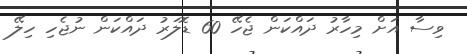
ވިސާ އަށް މިހާރު ދައްކަން ޖެހޭ 60 ޑޮލަރު ދައްކަން ނުޖެހި ހިލޭ